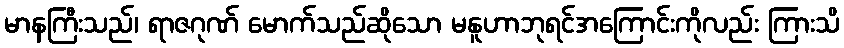
မာနကြီးသည်၊ ရာဇဂုဏ် မောက်သည်ဆိုသော မနူဟာဘုရင်အကြောင်းကိုလည်း ကြားသိ